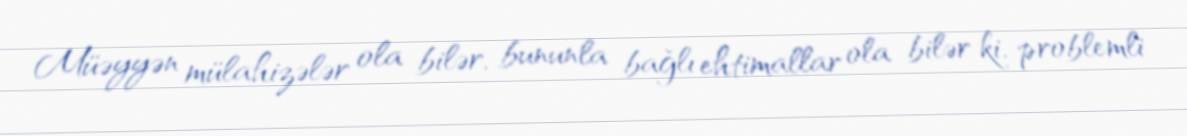
Müəyyən mülahizələr ola bilər, bununla bağlı ehtimallar ola bilər ki, problemli